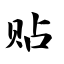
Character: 贴